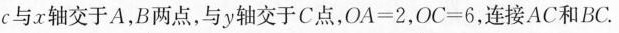
c$$ 与x轴交于A，B两点，与y轴交于C点，$$O A = 2$$，$$O C = 6$$，连接AC和BC.